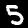
Label: 5